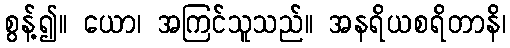
စွန့်၍။ ယော၊ အကြင်သူသည်။ အနရိယစရိတာနိ၊